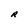
Character: R